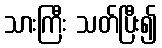
သားကြီး သတ်ပြီး၍